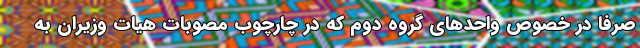
صرفاً در خصوص واحدهای گروه دوم که در چارچوب مصوبات هیات وزیران به